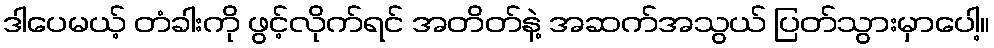
ဒါပေမယ့် တံခါးကို ဖွင့်လိုက်ရင် အတိတ်နဲ့ အဆက်အသွယ် ပြတ်သွားမှာပေါ့။